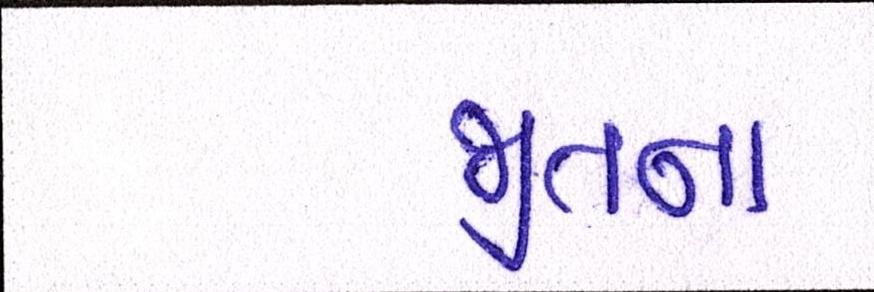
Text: જીતના